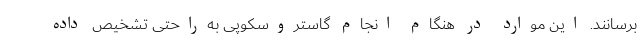
برسانند. این موارد در هنگام انجام گاستروسکوپی به‌راحتی تشخیص داده